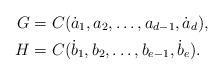
LaTeX: \begin{align*}G&=C(\dot a_1,a_2,\ldots,a_{d-1},\dot a_{d}),\\H&=C(\dot b_1,b_2,\ldots,b_{e-1},\dot b_{e}).\end{align*}